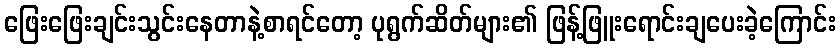
ဖြေးဖြေးချင်းသွင်းနေတာနဲ့စာရင်တော့ ပုရွက်ဆိတ်များ၏ ဖြန့်ဖြူးရောင်းချပေးခဲ့ကြောင်း